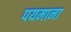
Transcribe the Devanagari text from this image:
पयमाना